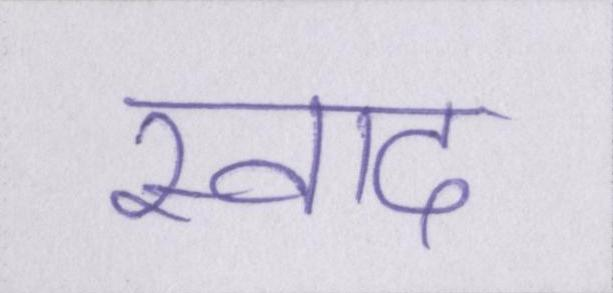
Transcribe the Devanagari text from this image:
स्वाद